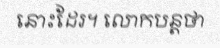
នោះដែរ។ លោកបន្តថា